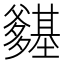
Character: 𭶽